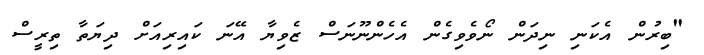
"ބިރުން އެކަނި ނިދަން ނޯވެވިގެން އެހެންނޫނަސް ޒެވިޔާ އޭނަ ކައިރިއަށް ދިޔަތާ ތިރީސް